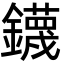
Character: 鑖